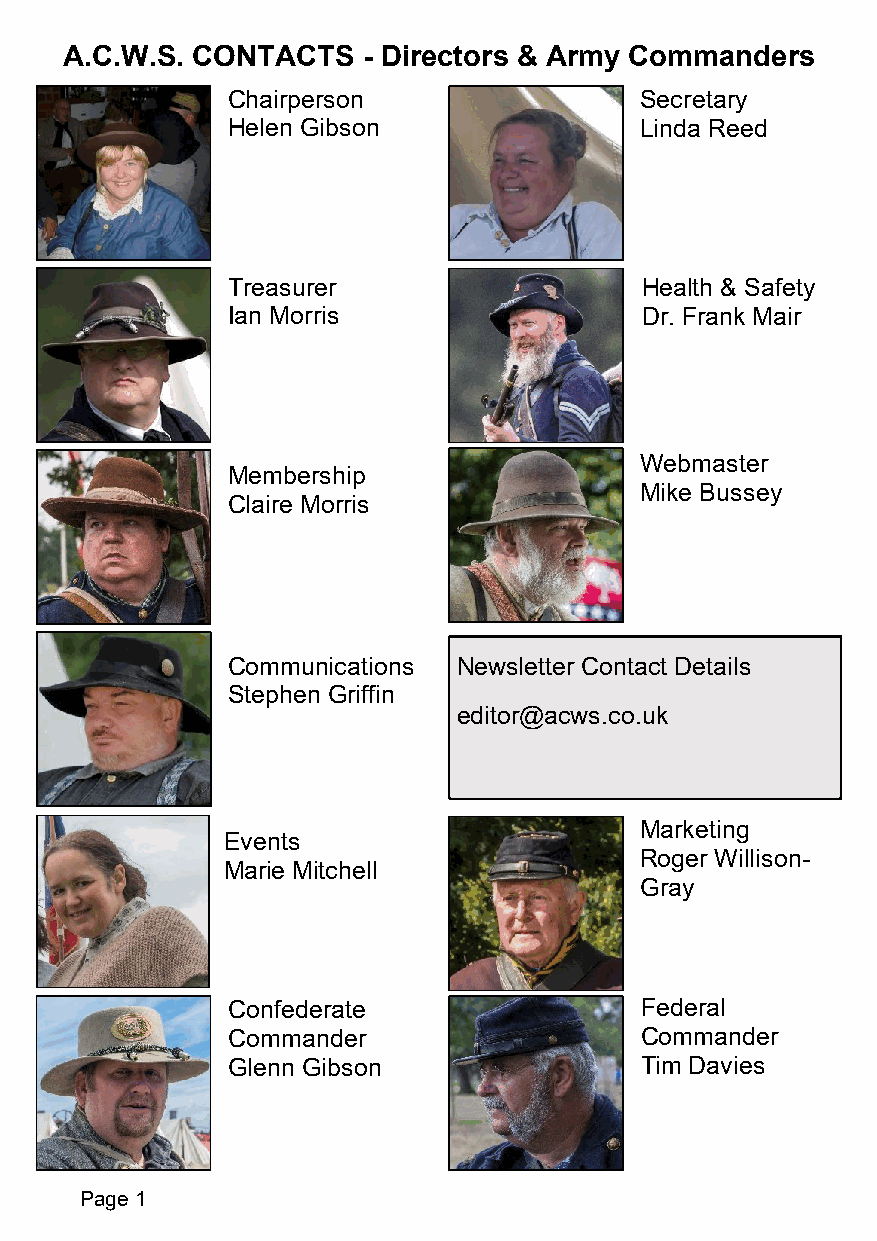
A.C.W.S. CONTACTS   - Directors & Army Commanders
 Chairperson                Secretary
 Helen Gibson               Linda Reed
 Treasurer                  Health & Safety
 Ian Morris                 Dr. Frank Mair
 Webmaster
 Membership
 Mike Bussey
 Claire Morris
 Communications Newsletter Contact Details
 Stephen Griffin
 editor@acws.co.uk
 Marketing
 Events
 Roger Willison-
 Marie Mitchell
 Gray
 Confederate                Federal
 Commander                  Commander
 Glenn Gibson               Tim Davies
 Page 1